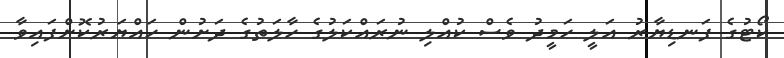
ކޯޓުގެ ފަނޑިޔާރު އަލީ ހަމީދު ވެސް ކުއްލި ނުރައްކަލުގެ ހާލަތުގެ ދަށުން ހައްޔަރުކޮށްފައިވާ